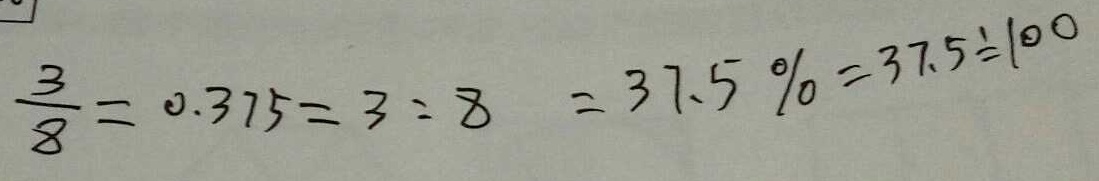
\frac { 3 } { 8 } = 0 . 3 7 5 = 3 : 8 = 3 7 . 5 \% = 3 7 . 5 \div 1 0 0